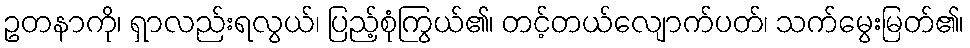
ဥတနာကို၊ ရှာလည်းရလွယ်၊ ပြည့်စုံကြွယ်၏၊ တင့်တယ်လျောက်ပတ်၊ သက်မွေးမြတ်၏၊